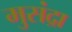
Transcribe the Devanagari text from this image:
मुसंद्रा